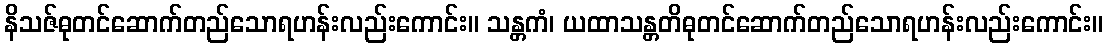
နိသဇ်ဓုတင်ဆောက်တည်သောရဟန်းလည်းကောင်း။ သန္တကံ၊ ယထာသန္တတိဓုတင်ဆောက်တည်သောရဟန်းလည်းကောင်း။